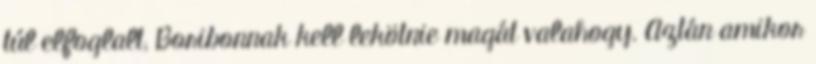
túl elfoglalt, Boribonnak kell lekötnie magát valahogy. Aztán amikor